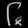
Digit: ၆